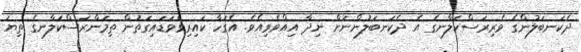
ދެކަނބަލުންގެ ވެރިރަސްކަލާނގެ އެ ދެކަނބަލުންނަށް ނިދާ އިއްވެވިއެވެ. އެގަހާ ކައިރިވެވަޑައިގަތުން ތިމަންރަސްކަލާނގެ ތިޔަ